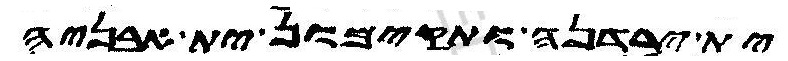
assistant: ית ירדנה ותקימון ית אבניה